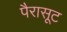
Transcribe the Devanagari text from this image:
पैरासूट